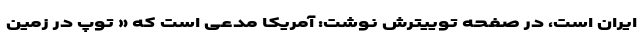
ایران است، در صفحه توییترش نوشت: آمریکا مدعی است که « توپ در زمین